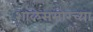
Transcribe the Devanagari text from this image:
शाळेसमोरच्या